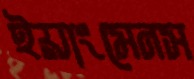
ইয়াংমেনস